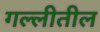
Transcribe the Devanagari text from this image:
गल्लीतील